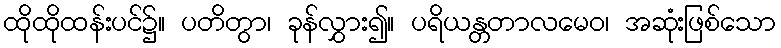
ထိုထိုထန်းပင်၌။ ပတိတွာ၊ ခုန်လွှား၍။ ပရိယန္တတာလမေဝ၊ အဆုံးဖြစ်သော